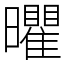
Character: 㬬